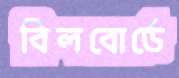
বিলবোর্ডে